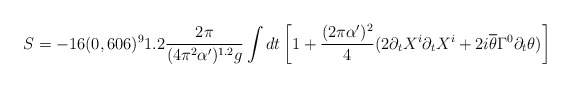
\begin{align*}S=-16(0,606)^91.2\frac{2\pi}{(4\pi^2\alpha')^{1.2}g}\int dt\left[1+\frac{(2\pi\alpha')^2}{4}(2\partial_tX^i\partial_tX^i+2i\overline{\theta}\Gamma^0\partial_t\theta )\right]\end{align*}